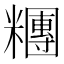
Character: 糰